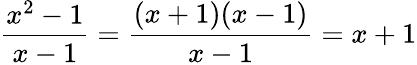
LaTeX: {\frac{x^{2}-1}{x-1}}={\frac{(x+1)(x-1)}{x-1}}=x+1